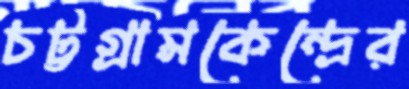
চট্টগ্রামকেন্দ্রের